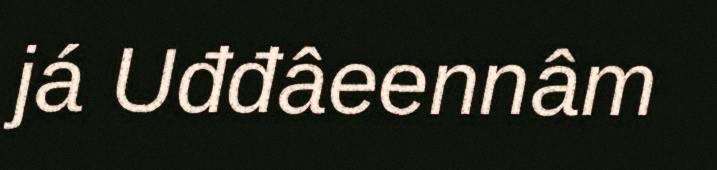
já Uđđâeennâm